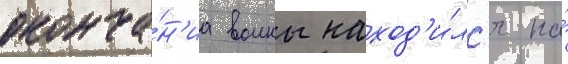
оконча́н'иа воины наход'и́лс'я на́